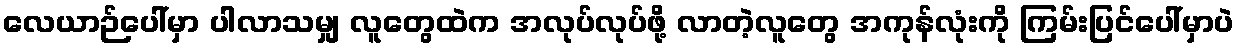
လေယာဉ်ပေါ်မှာ ပါလာသမျှ လူတွေထဲက အလုပ်လုပ်ဖို့ လာတဲ့လူတွေ အကုန်လုံးကို ကြမ်းပြင်ပေါ်မှာပဲ